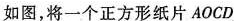
如图，将一个正方形纸片AOCD